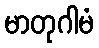
မာတုဂါမံ